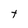
Character: t